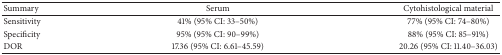
<table><thead><tr><td><b>Summary</b></td><td><b>Serum</b></td><td><b>Cytohistological material </b></td></tr></thead><tbody><tr><td>Sensitivity</td><td>41% (95% CI: 33–50%)</td><td>77% (95% CI: 74–80%)</td></tr><tr><td>Specificity</td><td>95% (95% CI: 90–99%)</td><td>88% (95% CI: 85–91%)</td></tr><tr><td>DOR</td><td>17.36 (95% CI: 6.61–45.59)</td><td>20.26 (95% CI: 11.40–36.03)</td></tr></tbody></table>